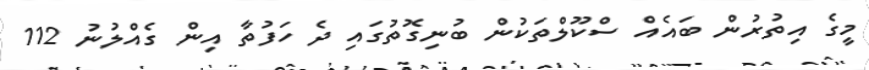
މީގެ އިތުރުން ބައެއް ސްކޫލްތަކުން ބުނިގޮތުގައި ދެ ހަފުތާ އިން ގެއްލުނު 112